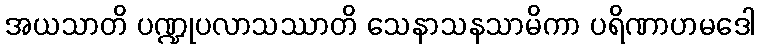
အယသာတိ ပဏ္ဍုပလာသဿာတိ သေနာသနသာမိကာ ပရိဏာဟမဒေါ